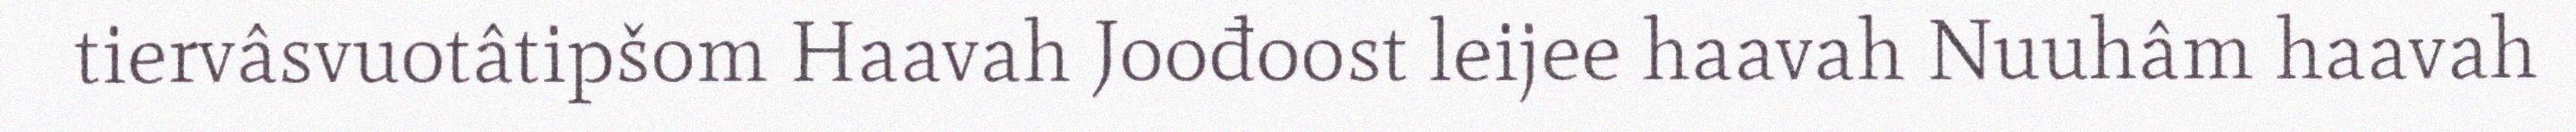
tiervâsvuotâtipšom Haavah Joođoost leijee haavah Nuuhâm haavah